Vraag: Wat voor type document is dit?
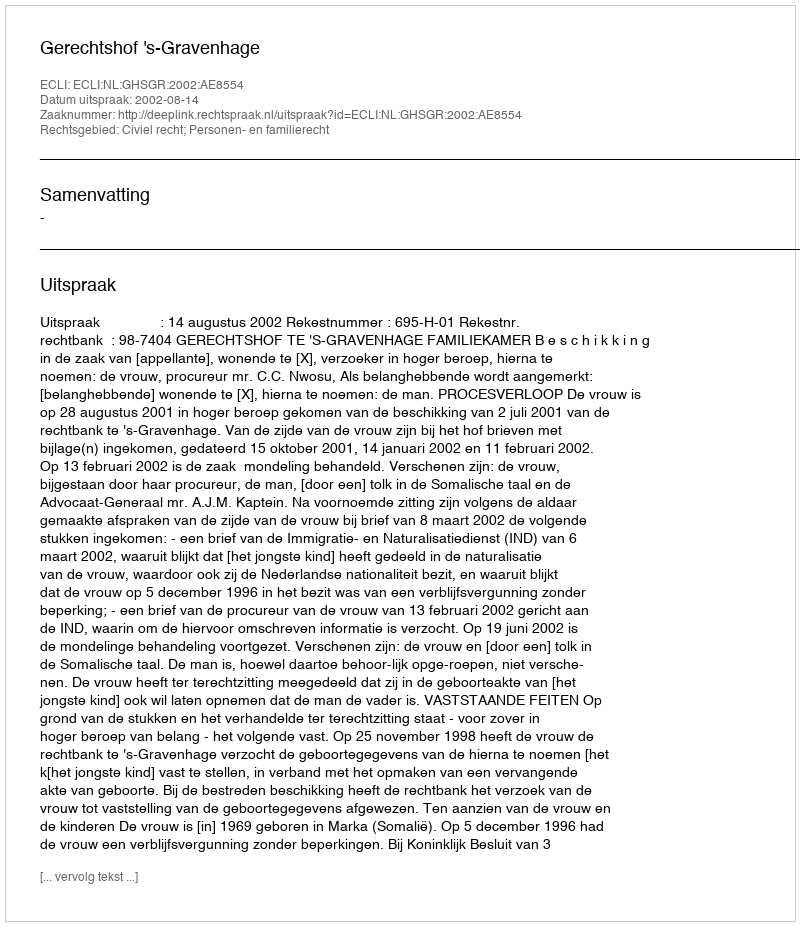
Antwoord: Uitspraak